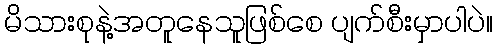
မိသားစုနဲ့အတူနေသူဖြစ်စေ ပျက်စီးမှာပါပဲ။